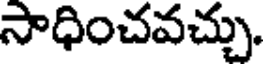
సాధించవచ్చు.